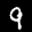
Label: 9